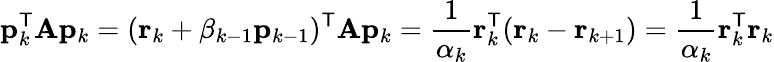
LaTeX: \mathbf{p}_{k}^{\mathsf{T}}\mathbf{A}\mathbf{p}_{k}=(\mathbf{r}_{k}+\beta_{k-1}\mathbf{p}_{k-1})^{\mathsf{T}}\mathbf{A}\mathbf{p}_{k}={\frac{1}{\alpha_{k}}}\mathbf{r}_{k}^{\mathsf{T}}(\mathbf{r}_{k}-\mathbf{r}_{k+1})={\frac{1}{\alpha_{k}}}\mathbf{r}_{k}^{\mathsf{T}}\mathbf{r}_{k}